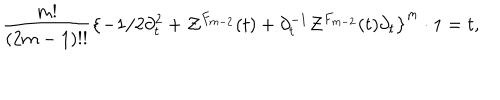
{ \frac { m ! } { ( 2 m - 1 ) ! ! } } \left\{ - 1 / 2 \partial _ { t } ^ { 2 } + { \cal Z } ^ { F _ { m - 2 } } ( t ) + \partial _ { t } ^ { - 1 } { \cal Z } ^ { F _ { m - 2 } } ( t ) \partial _ { t } \right\} ^ { m } \cdot 1 = t ,